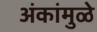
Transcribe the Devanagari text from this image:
अंकांमुळे